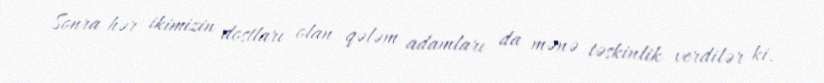
Sonra hər ikimizin dostları olan qələm adamları da mənə təskinlik verdilər ki,